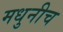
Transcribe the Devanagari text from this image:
मधुनीच